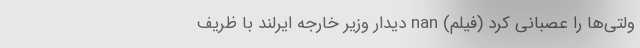
ولتی‌ها را عصبانی کرد (فیلم) nan دیدار وزیر خارجه ایرلند با ظریف